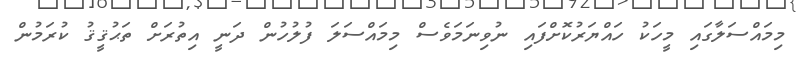
މިމައްސަލާގައި މީހަކު ހައްޔަރުކޮށްފައި ނުވިނަމަވެސް މިމައްސަލަ ފުލުހުން ދަނީ އިތުރަށް ތަޙުޤީޤު ކުރަމުން